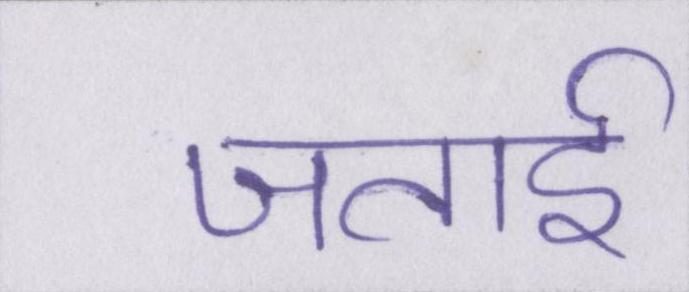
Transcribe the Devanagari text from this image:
जताई